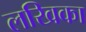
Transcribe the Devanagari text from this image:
लखिका